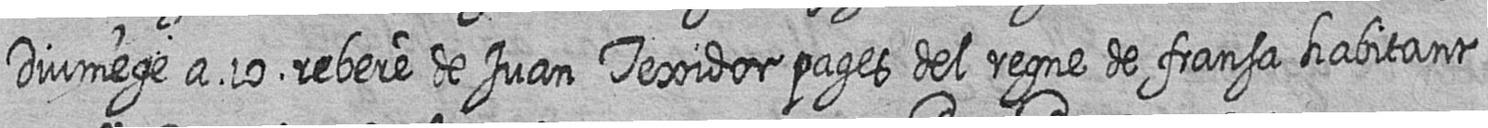
Diumege a 10 rebere de Juan Texidor pages del regne de fransa habitant